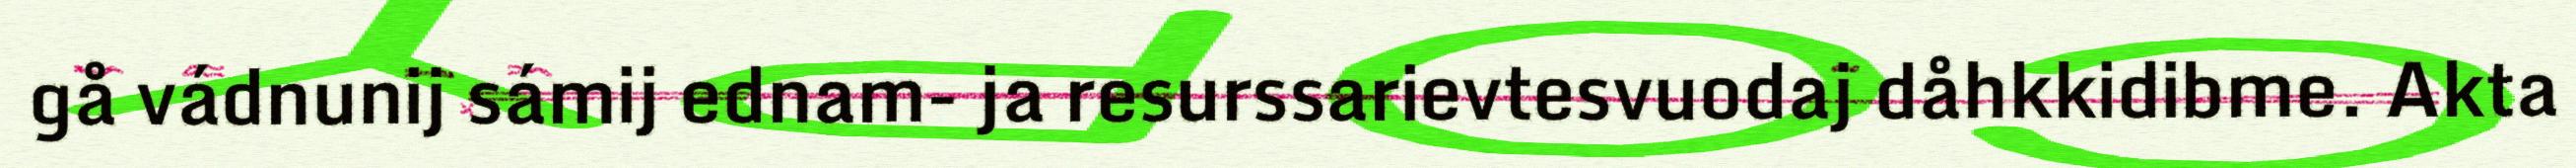
gå vádnunij sámij ednam- ja resurssarievtesvuodaj dåhkkidibme. Akta